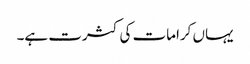
یہاں کرامات کی کثرت ہے۔